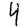
Digit: 4